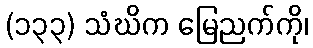
(၁၃၃) သံဃိက မြေညက်ကို၊